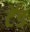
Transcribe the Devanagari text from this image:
टेंड